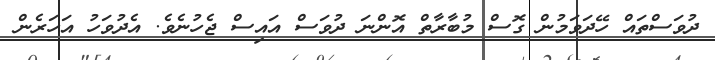
ދުވަސްތައް ހޭދަވަމުން ގޮސް މުބާރާތް އޮންނަ ދުވަސް އައިސް ޖެހުނެވެ. އެދުވަހު އަހަރެން